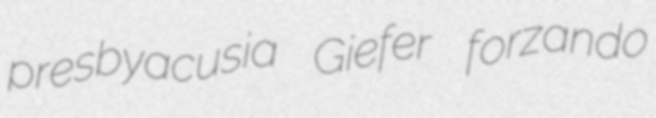
presbyacusia Giefer forzando